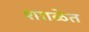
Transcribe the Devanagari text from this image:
शााळेत